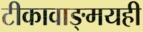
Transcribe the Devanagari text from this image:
टीकावाङ्‌मयही